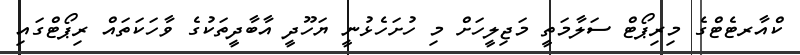
ކްއާރޓެޓްގެ މިރިޕޯޓް ސަލާމަތީ މަޖިލީހަށް މި ހުށަހެޅުނީ ޔަހޫދީ އާބާދީތަކުގެ ވާހަކަތައް ރިޕޯޓްގައި